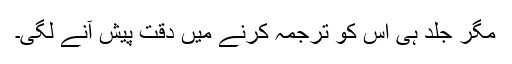
مگر جلد ہی اس کو ترجمہ کرنے میں دقت پیش آنے لگی۔